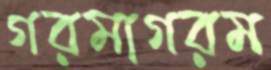
গরমাগরম